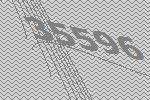
35596